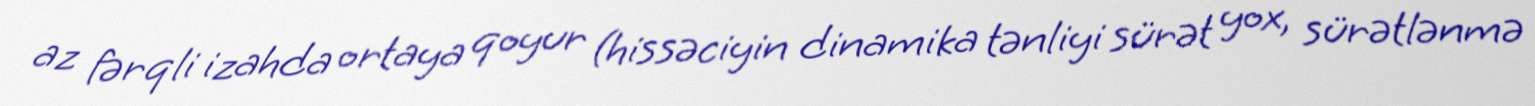
az fərqli izahda ortaya qoyur (hissəciyin dinamika tənliyi sürət yox, sürətlənmə